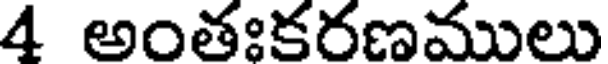
4 అంతఃకరణములు